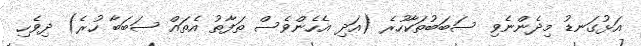
އަޅުގަނޑު މިދެންނެވި ސަބަބުތަކާހުރެ (އަދި އެހެންވެސް ތަފާތު އެތައް ސަބަބާ ހުރެ) ދިވެހި